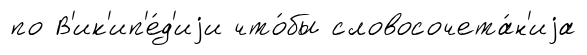
по В'ик'ип'е́д'иjи что́бы словосочета́н'иjа